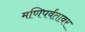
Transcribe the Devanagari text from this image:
मणिपर्वतावर